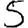
Digit: 5